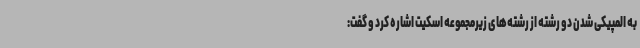
به المپیکی شدن دو رشته از رشته‌های زیرمجموعه اسکیت اشاره کرد و گفت: